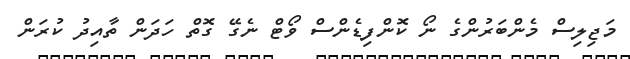
މަޖިލިސް މެންބަރުންގެ ނޯ ކޮންފިޑެންސް ވޯޓް ނެގޭ ގޮތް ހަދަން ތާއިދު ކުރަން